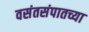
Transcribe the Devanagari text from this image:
वसंतसंपातच्या